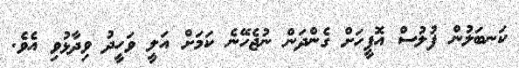
ކަނބަލުން ފުލުސް އޮފީހަށް ގެންދަން ނުޖެހޭނެ ކަމަށް އަލީ ވަހީދު ވިދާޅުވި އެވެ.